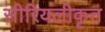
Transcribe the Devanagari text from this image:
सीरियलीकृत